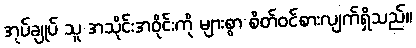
အုပ်ချုပ် သူ အသိုင်းအဝိုင်းကို များစွာ စိတ်ဝင်စားလျက်ရှိသည်။